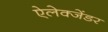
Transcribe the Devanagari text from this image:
ऐलेक्जेंडर